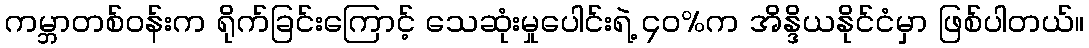
ကမ္ဘာတစ်ဝန်းက ရိုက်ခြင်းကြောင့် သေဆုံးမှုပေါင်းရဲ့ ၄၀%က အိန္ဒိယနိုင်ငံမှာ ဖြစ်ပါတယ်။